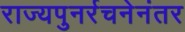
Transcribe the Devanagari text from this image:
राज्यपुनर्रचनेनंतर